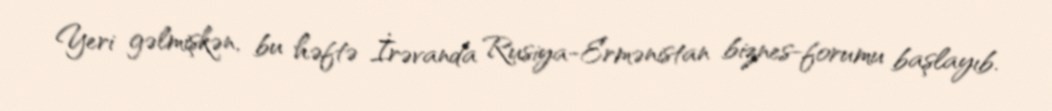
Yeri gəlmişkən, bu həftə İrəvanda Rusiya-Ermənistan biznes-forumu başlayıb.